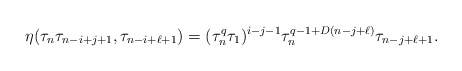
\begin{align*}\eta(\tau_n \tau_{n-i+j+1}, \tau_{n-i+\ell+1})=(\tau_n^q\tau_1)^{i-j-1} \tau_n^{q-1+D(n-j+\ell)} \tau_{n-j+\ell+1}.\end{align*}